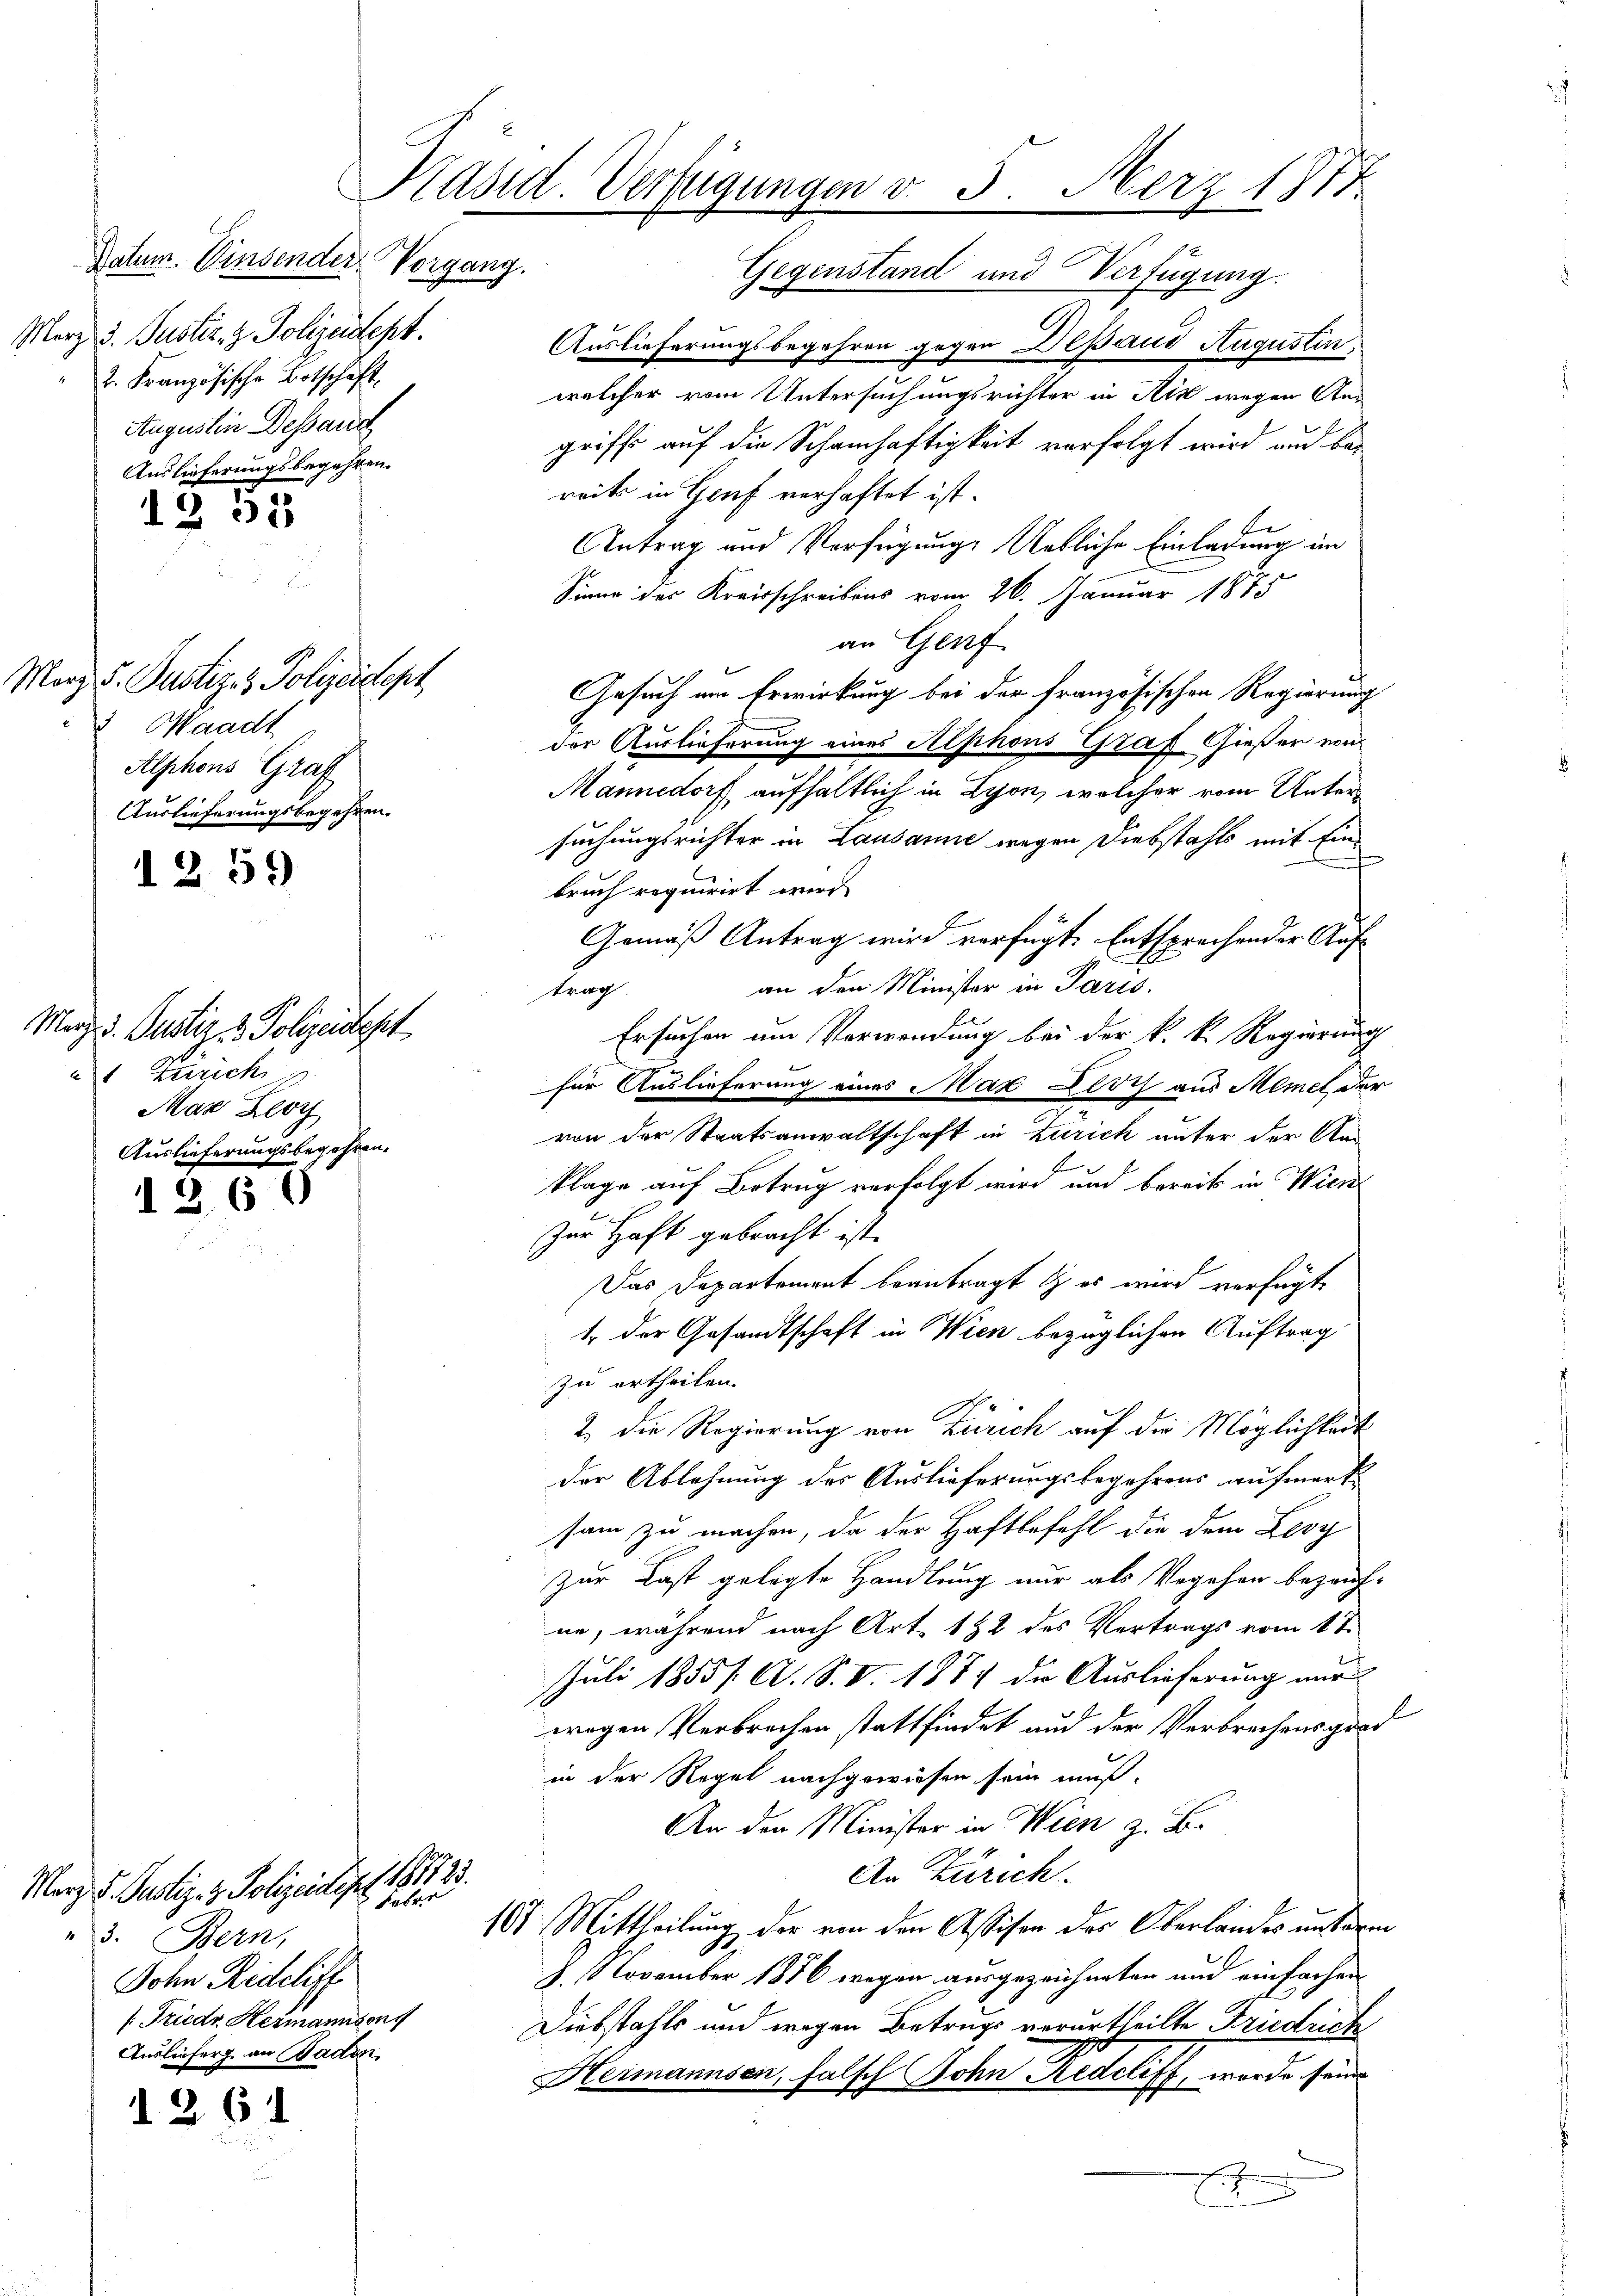
Datum. Einsender Vorgang.
Merz d. Justiz z. Polizeidept.
t. Französische Botschaft
Augustin Dessand
Auslieferungsbegehren.

1251

Morz 5. Justiz & Polizeidept
¬
Waadt
Alphons Graf
Auslieferungsbegehren.

1259

März d. Justiz & Polizeidest
1 Zürich
Mar Lloy
Auslieferungsbegehren.

1260

1261

Merz d. Justiz- & Polizeidirt. 181823.
3. Bern,
Sohn Rideliff
/Friedr Hermannsong
Auslieferg. an Baden

Fabri

Präsid. Verfügungen d. 5. Merz 1877.

Gegenstand und Verfügung.
Auslieferungsbegehren gegen Depaud Augustin
welcher vom Untersuchungsrichter in Aik wegen An-
griffe auf die Schamhaftigkeit verfolgt wird und bereits in Genf verhaftet ist.
le
Antrag und Verfügung, Uetliche Einladung im
Sinne des Kreisschreibens vom 26. Januar 1875
an Genf
Gesuch am Erwirkung bei der französischen Regierung
der Auslieferung eines Alphons Graf Gießer von
Mannedorf aufhaltlich in Lyon, welcher vom Untersuchungsrichter in Lausanne wegen Diebstahls mit Einbruch requirirt wird.
Gemäß Antrag wird verfügt Entsprechender Auf-
an den Minister in Paris.
trag
Ersuchen um Verwendung bei der k. k. Regierung
für Auslieferung eines Max Lloch aus Memet der
von der Staatsanwaltschaft in Zürich unter der An-
t
klage auf Betrug verfolgt wird und bereits in Wien
zur Haft gebracht ist.
Das Departement beantragt & es wird verfügt
1. der Gesandtschaft in Wien bezüglichen Auftrag
zu ertheilen.
2. Die Regierung von Zürich auf die Möglichkeit
der Ablehnung des Auslieferungsbegehrens aufmerksam zu machen, da der Haftbefehl die dem Leoy
zur Last gelegte Handlung nur als Vergehen bezeich-
ne, während nach Art. 182 des Vertrags vom 1ten
Juli 1855/ A. S. V. 1874 die Auslieferung nur
wegen Verbrechen stattfindet und der Verbrechensgrad
in der Regel nachgewiesen sein muß.
An den Minister in Wien z. B.
An Zürich.
107 Mittheilung der von den Assison des Oberlandes unterm
8. November 1886 wegen ausgezeichneten und einfachen
Diebstahls und wegen Betrugs verurtheilte Friedrich
Heimannsen, falsch Sohn Redcliff, worde seine
.
x